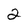
Character: 2